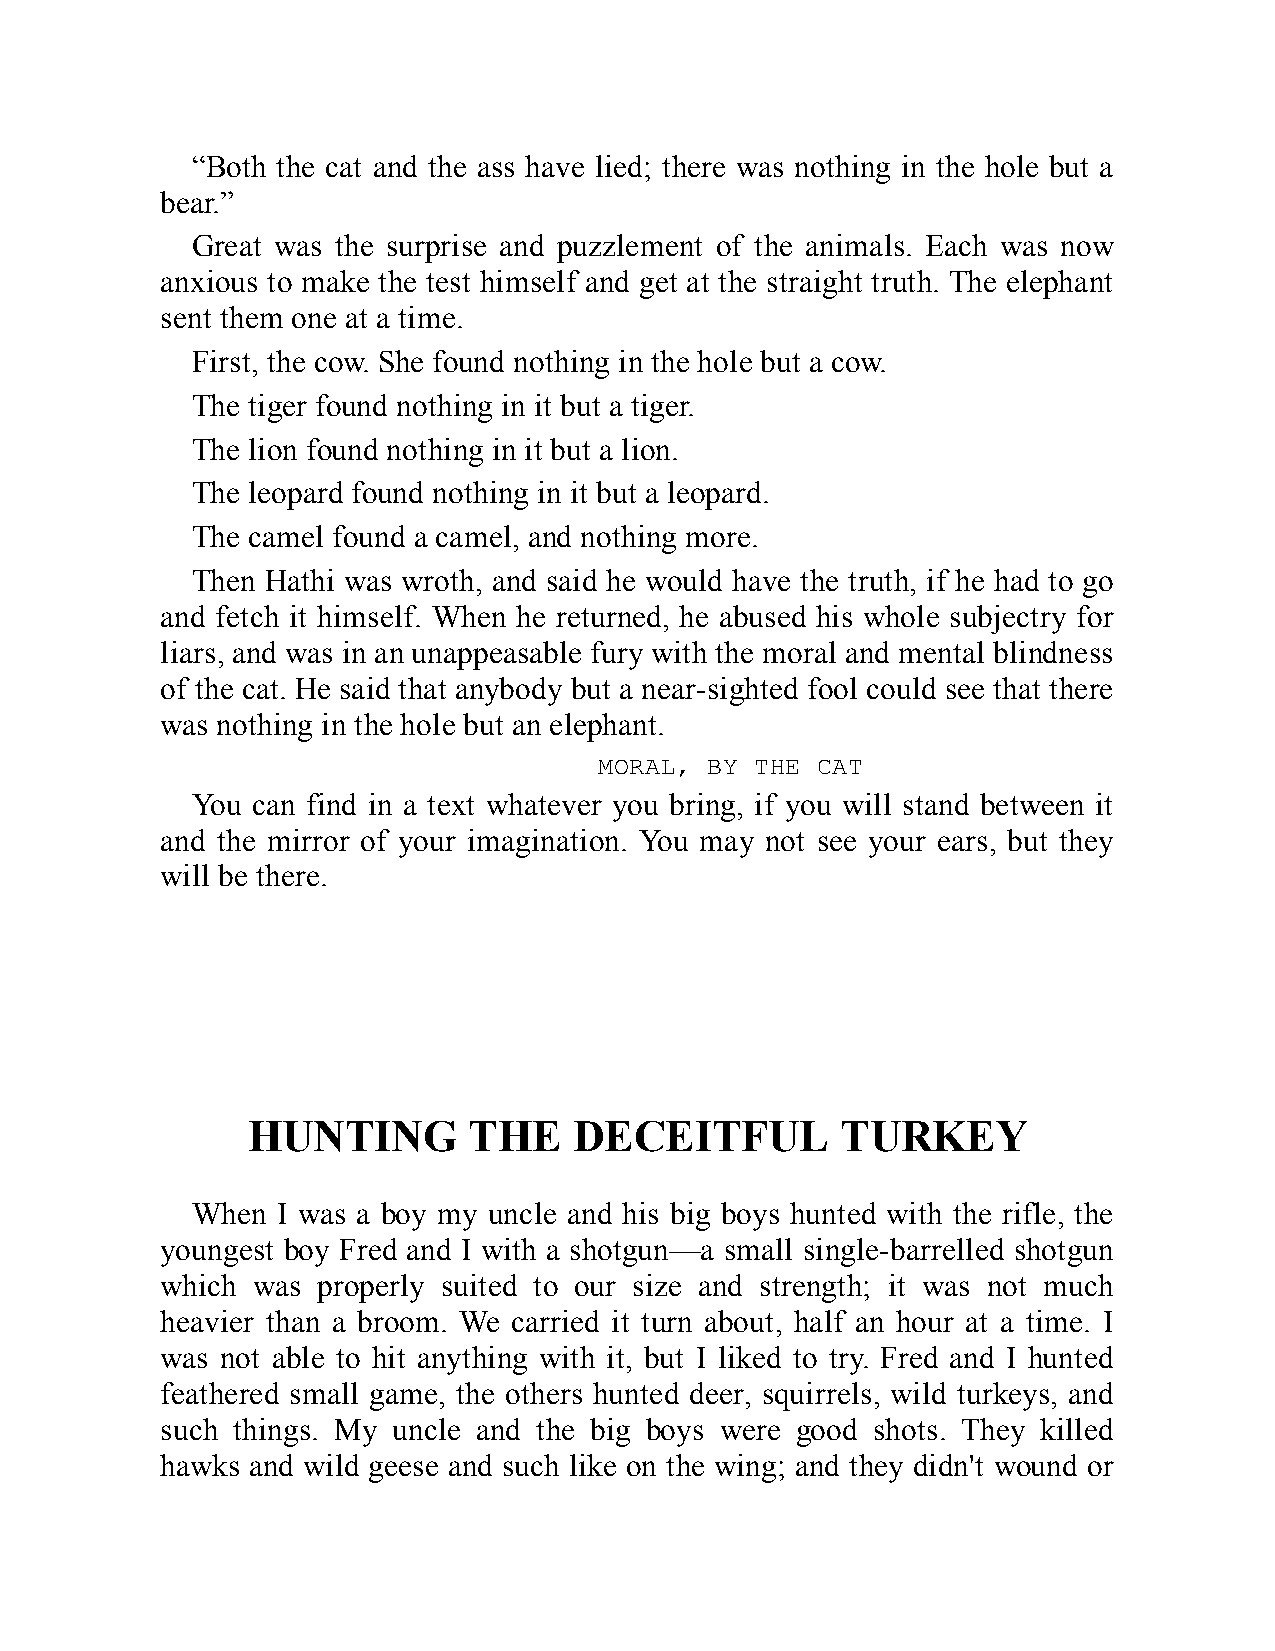
“Both the cat and the ass have lied; there was nothing in the hole but a
 bear.”
 Great was the surprise and puzzlement of the animals. Each was now
 anxious to make the test himself and get at the straight truth. The elephant
 sent them one at a time.
 First, the cow. She found nothing in the hole but a cow.
 The tiger found nothing in it but a tiger.
 The lion found nothing in it but a lion.
 The leopard found nothing in it but a leopard.
 The camel found a camel, and nothing more.
 Then Hathi was wroth, and said he would have the truth, if he had to go
 and fetch it himself. When he returned, he abused his whole subjectry for
 liars, and was in an unappeasable fury with the moral and mental blindness
 of the cat. He said that anybody but a near-sighted fool could see that there
 was nothing in the hole but an elephant.
 MORAL, BY THE CAT
 You can find in a text whatever you bring, if you will stand between it
 and the mirror of your imagination. You may not see your ears, but they
 will be there.
 HUNTING        THE    DECEITFUL         TURKEY
 When I was a boy my uncle and his big boys hunted with the rifle, the
 youngest boy Fred and I with a shotgun—a small single-barrelled shotgun
 which was properly suited to our size and strength; it was not much
 heavier than a broom. We carried it turn about, half an hour at a time. I
 was not able to hit anything with it, but I liked to try. Fred and I hunted
 feathered small game, the others hunted deer, squirrels, wild turkeys, and
 such things. My uncle and the big boys were good shots. They killed
 hawks and wild geese and such like on the wing; and they didn't wound or